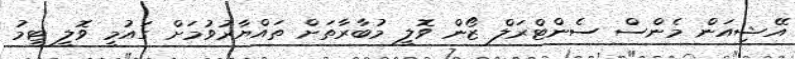
އޭޝިއަން މެންސް ސެންޓްރަލް ޒޯން ވޮލީ މުބާރާތަށް ތައްޔާރުވުމަށް ގައުމީ ވޮލީ ޓީމު